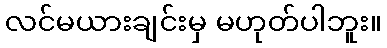
လင်မယားချင်းမှ မဟုတ်ပါဘူး။